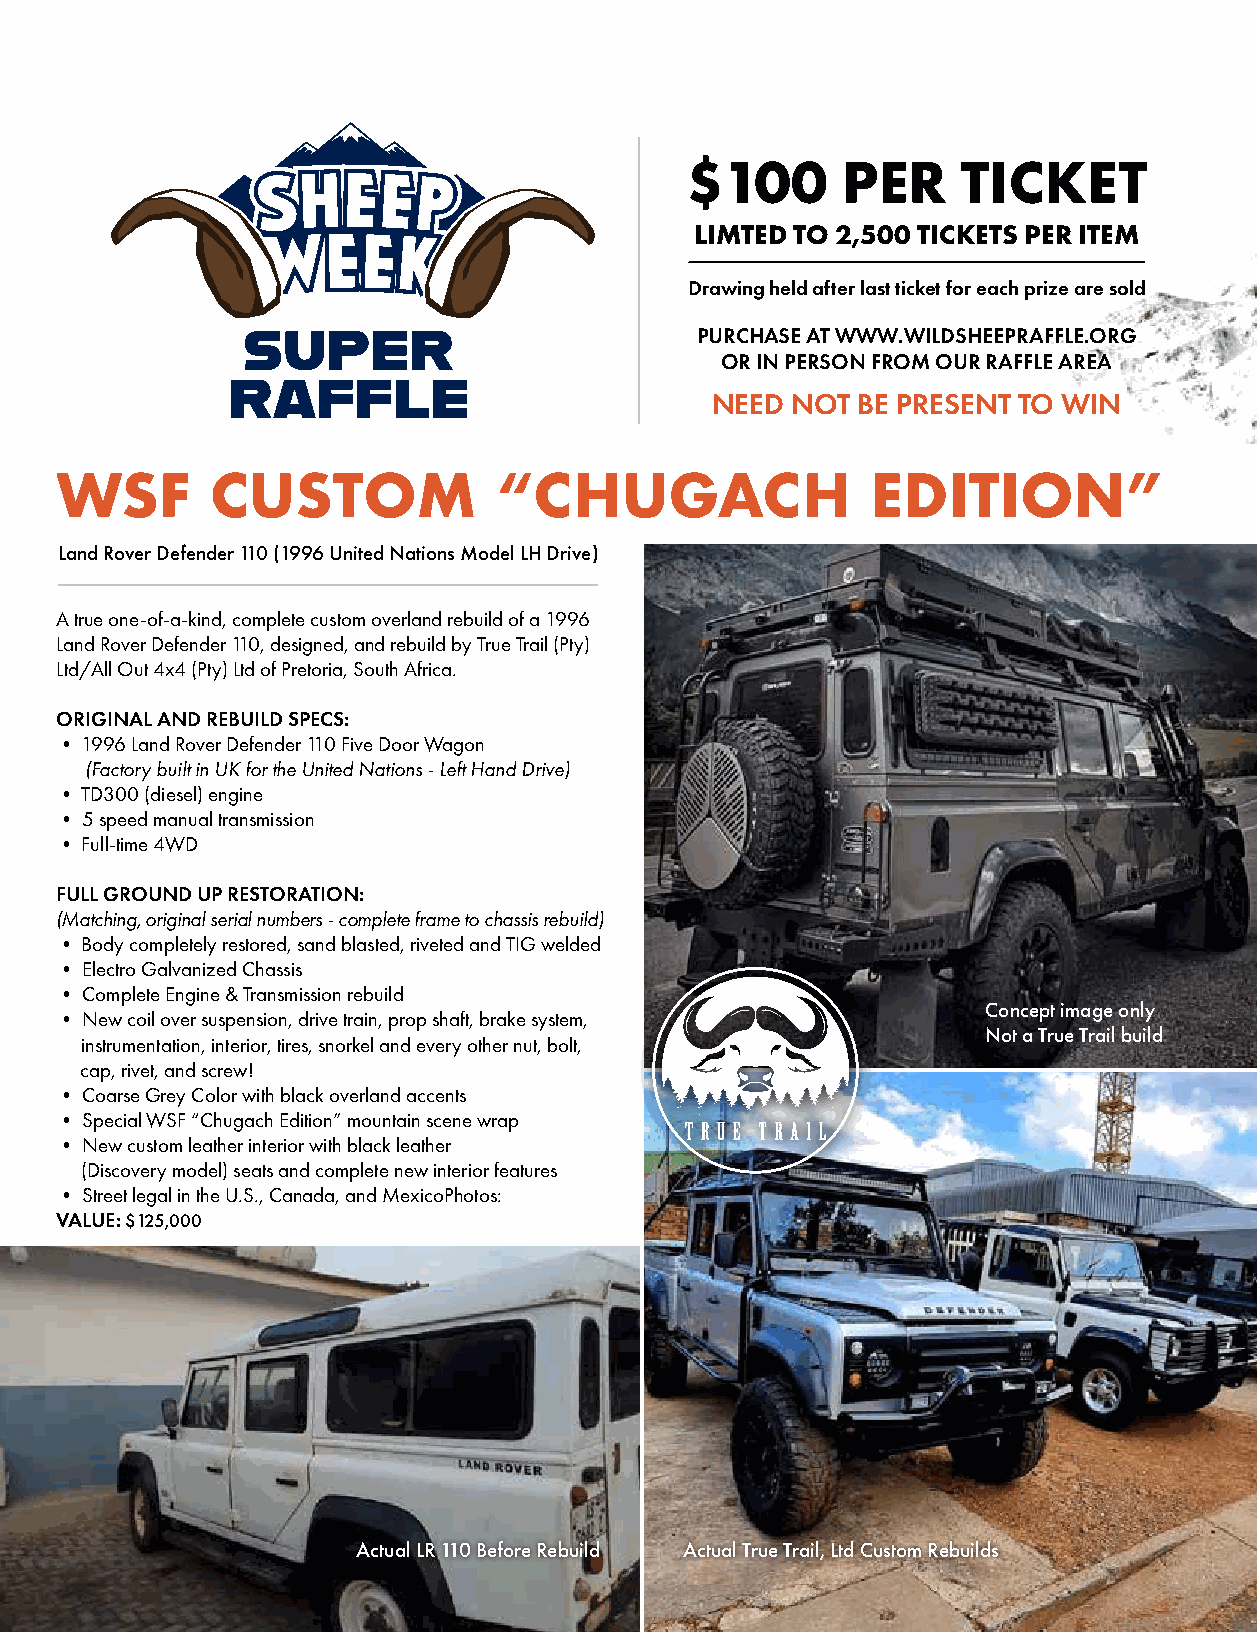
$100       PER     TICKET
 LIMTED TO 2,500 TICKETS PER ITEM
 Drawing held after last ticket for each prize are sold
 SUPER                         PURCHASE AT WWW.WILDSHEEPRAFFLE.ORG
 OR IN PERSON FROM OUR RAFFLE AREA
 RAFFLE
 NEED NOT  BE PRESENT TO WIN
 WSF       CUSTOM             “CHUGACH                 EDITION”
 Land Rover Defender 110 (1996 United Nations Model LH Drive)
 A true one-of-a-kind, complete custom overland rebuild of a 1996
 Land Rover Defender 110, designed, and rebuild by True Trail (Pty)
 Ltd/All Out 4x4 (Pty) Ltd of Pretoria, South Africa.
 ORIGINAL AND REBUILD SPECS:
 • 1996 Land Rover Defender 110 Five Door Wagon
 (Factory built in UK for the United Nations - Left Hand Drive)
 • TD300 (diesel) engine
 • 5 speed manual transmission
 • Full-time 4WD
 FULL GROUND UP RESTORATION:
 (Matching, original serial numbers - complete frame to chassis rebuild)
 • Body completely restored, sand blasted, riveted and TIG welded
 • Electro Galvanized Chassis
 • Complete Engine & Transmission rebuild
 Concept image only
 • New coil over suspension, drive train, prop shaft, brake system,
 Not a True Trail build
 instrumentation, interior, tires, snorkel and every other nut, bolt,
 cap, rivet, and screw!
 • Coarse Grey Color with black overland accents
 • Special WSF “Chugach Edition” mountain scene wrap
 • New custom leather interior with black leather
 (Discovery model) seats and complete new interior features
 • Street legal in the U.S., Canada, and MexicoPhotos:
 VALUE: $125,000
 Actual LR 110 Before Rebuild Actual True Trail, Ltd Custom Rebuilds
 20.